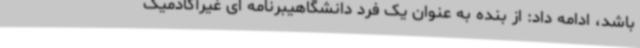
باشد، ادامه داد: از بنده به عنوان یک فرد دانشگاهیبرنامه ای غیرآکادمیک